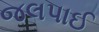
જલપાઈ